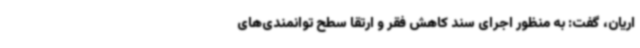
اریان، گفت: به‌ منظور اجرای سند کاهش فقر و ارتقا سطح توانمندی‌های